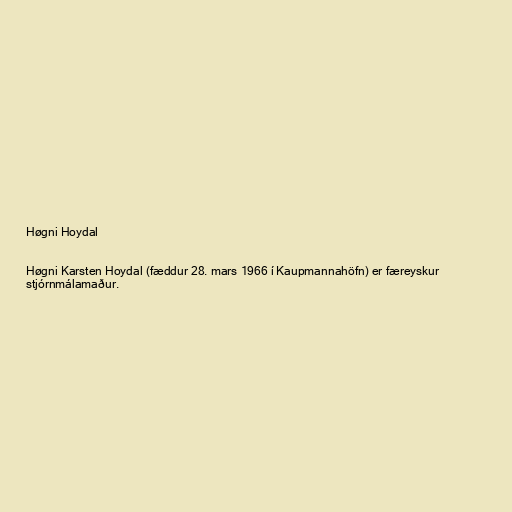
Høgni Hoydal

Høgni Karsten Hoydal (fæddur 28. mars 1966 í Kaupmannahöfn) er færeyskur
stjórnmálamaður.